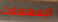
المهملات